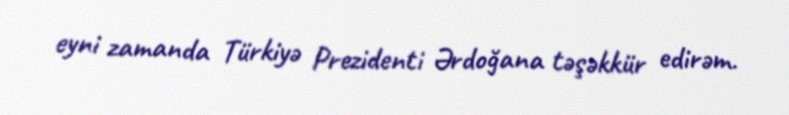
eyni zamanda Türkiyə Prezidenti Ərdoğana təşəkkür edirəm.